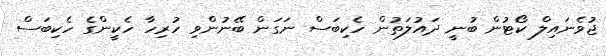
ޖުވެނައިލް ކޯޓުން ބުނީ ދައުލަތުން ހެކިބަސް ނަގަން ބޭނުންވި ހުރިހާ ހެކީންގެ ހެކިބަސް